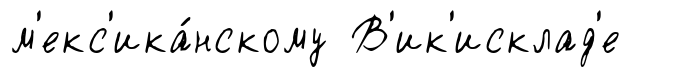
м'екс'ика́нскому В'ик'исклад'е